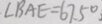
、 \angle B A E = 6 7 . 5 ^ { \circ } 、